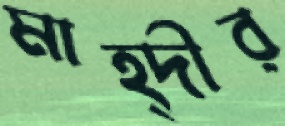
মাহ্দীর